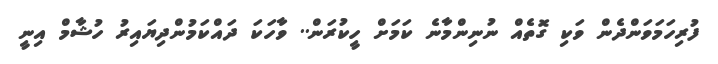
ފުރިހަަމަވަންދެން ވަކި ގޮތެއް ނުނިންމާނެ ކަމަށް ހީކުރަން.. ވާހަކަ ދައްކަމުންދިޔައިރު ހުޝާމް އިނީ